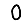
Digit: 0